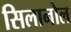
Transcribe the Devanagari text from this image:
सिलानोल